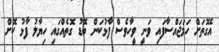
އެގޮތަށް ހަމަޖައްސާފައި ވަނީ ވީހާވެސް ފާޅުކަން ބޮޑު ގޮތެއްގައި ހިޔާލު ފާޅު ކޮށް